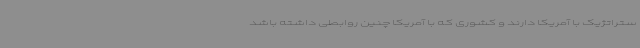
ستراتژیک با آمریکا دارند و کشوری که با آمریکا چنین روابطی داشته باشد